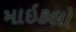
માઇકલો